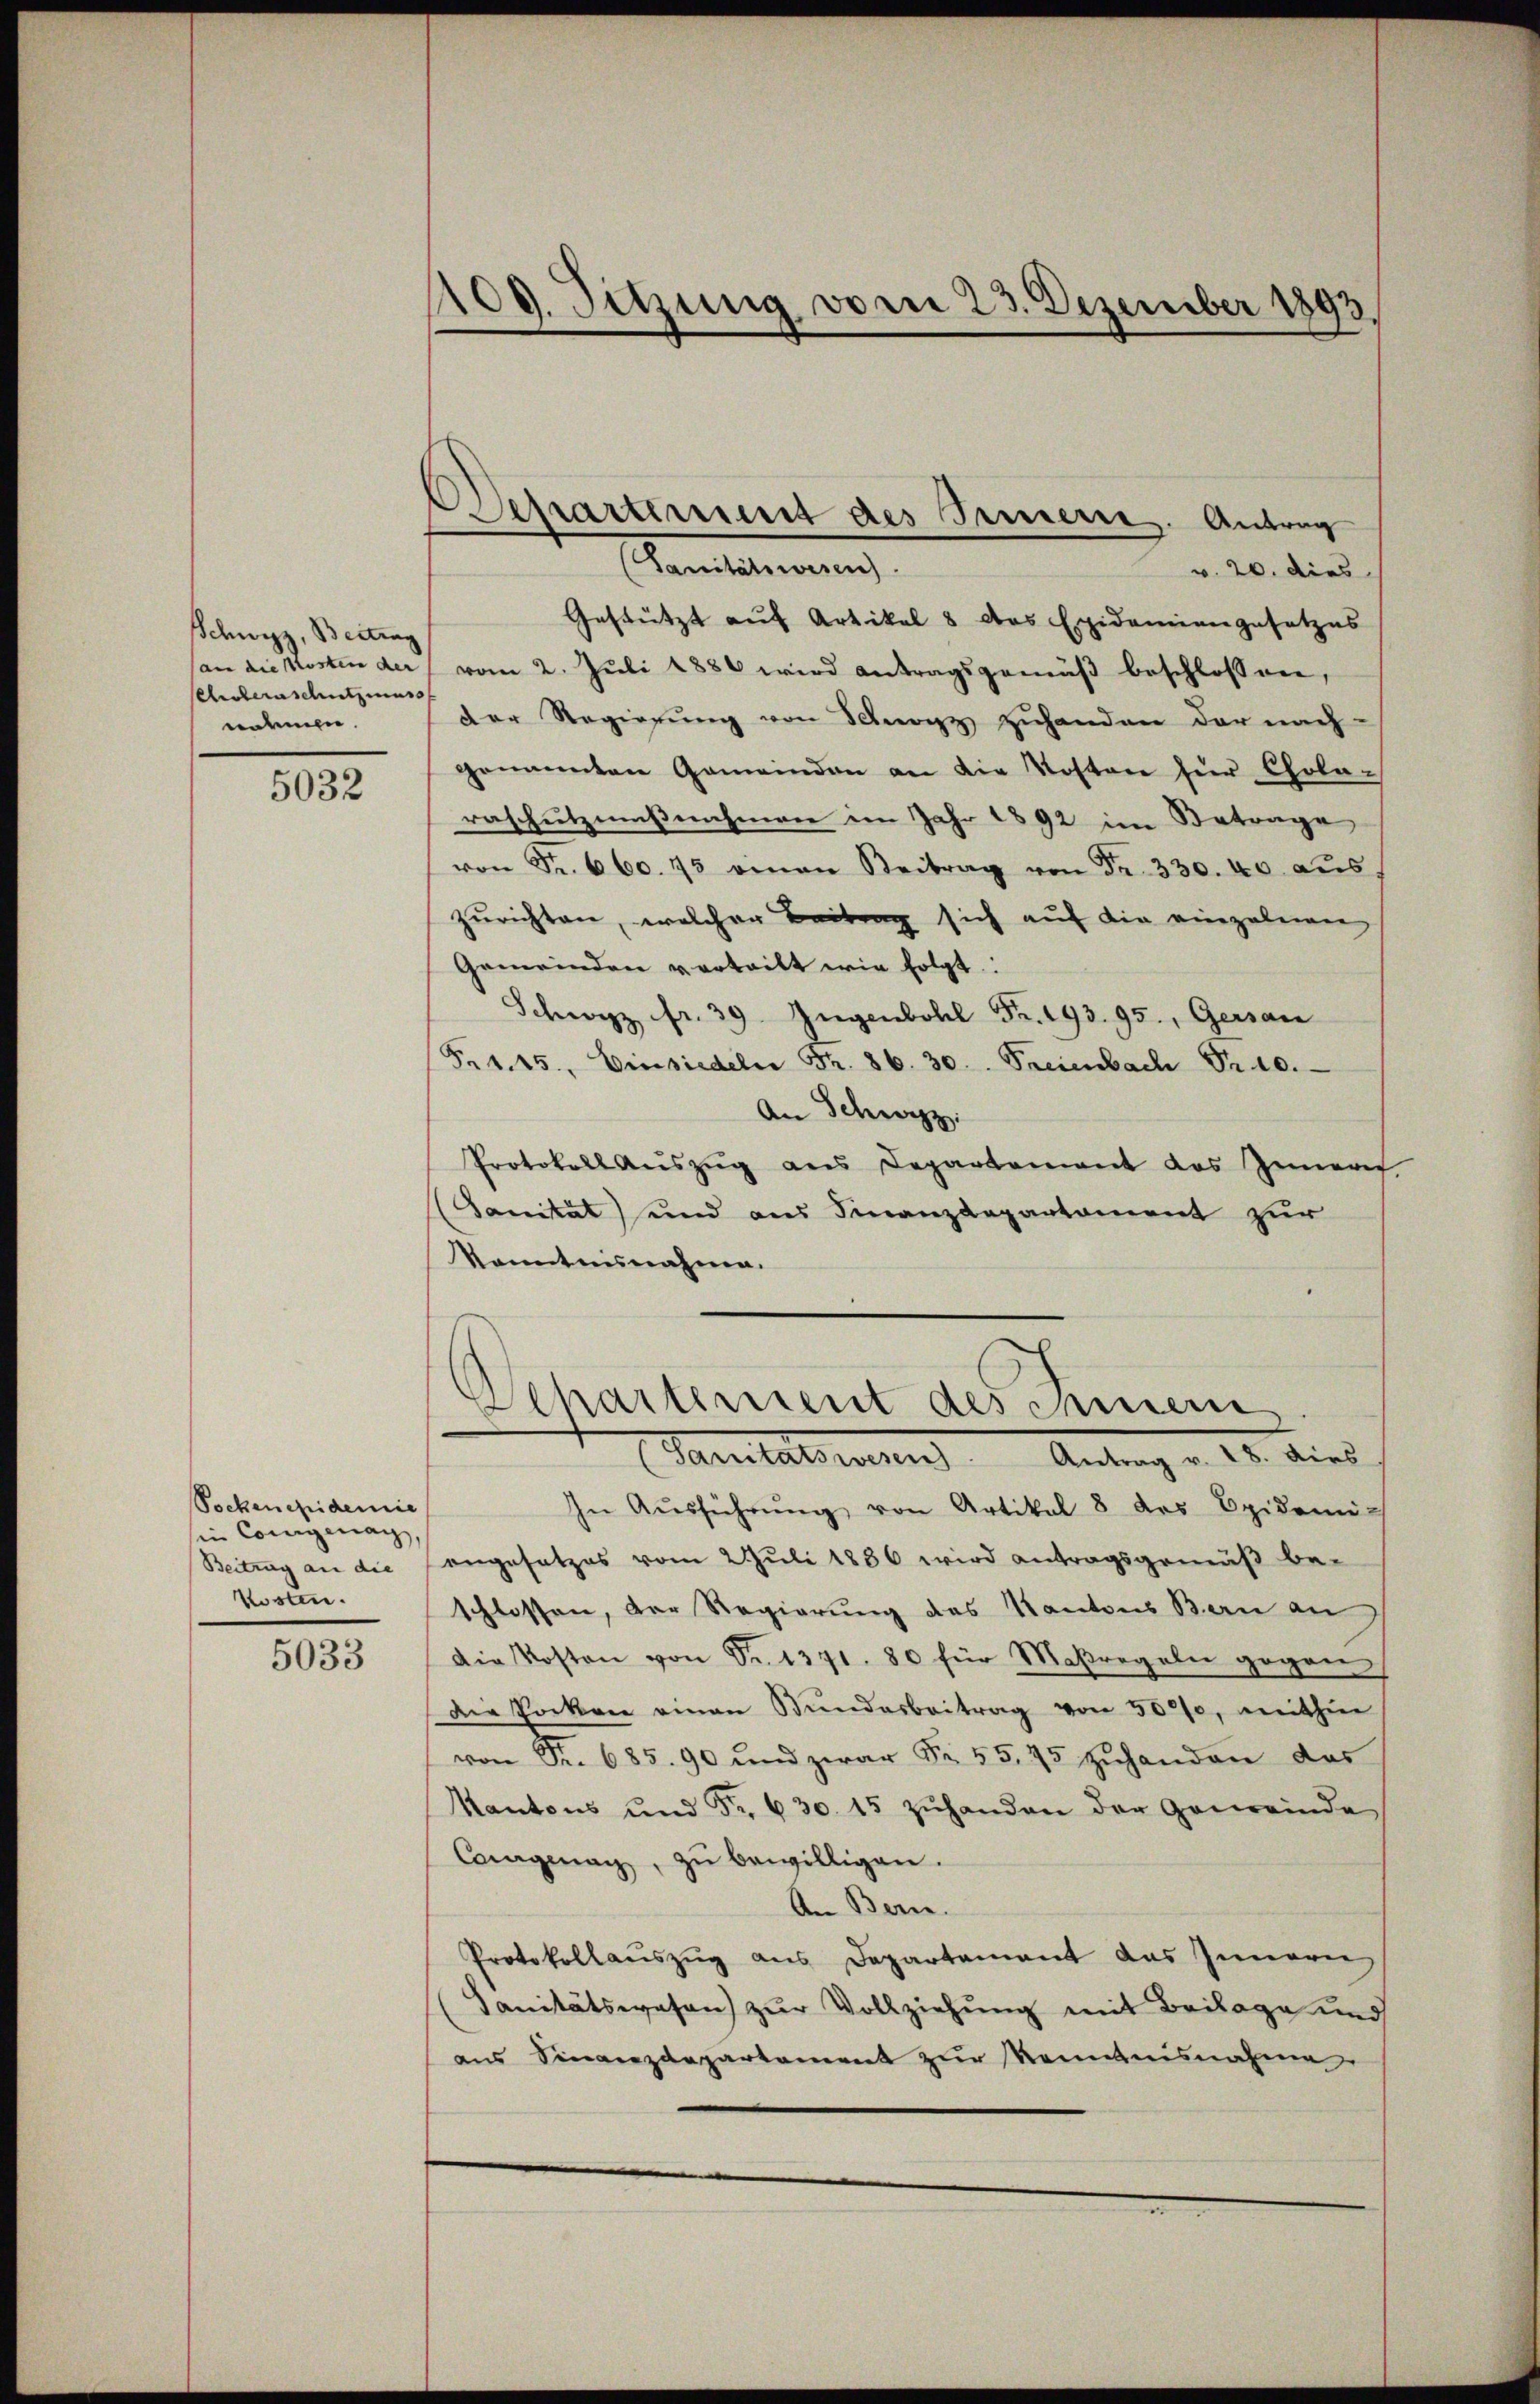
Schwyz, Beitrag
(an die Kosten der
Eberschutzmass
nohmen.

5032

Pockenepidemie
sin Comigenar,
Beitrag an die
kosten.

5033

109. Sitzung vom 23. Dezember 1893.

Separtement des Innere. Antrag

(Sanitätswesen.
v. 20. dies
Gestützt auf Artikel 8 das Epidemiengesetzes
vom 2. Jŭli 1881 wird antragsgemäβ beschlossen,
der Regierung von Schwyz zuhanden der nach-
genannten Gemeinden an die Kosten für Chola-
raschutzmaßnahmen im Jahr 1892 im Betrage
von Fr. 660. 75 einan Beitrag von Fr. 330. 40 aŭs
zurichten, welcher Leitung sich auf die einzelnen
Gemeinden verteilt wir folgt:
c fr. 39 Jugenbohl Fr. 193. 95., Gersan
(Fr. 145, Einsiedeln Fr. 86. 30. Freienbach Fr. 10.
An Schwyz:
Protokoll Aŭszŭg ans Departement des Innere
Sanität) und aus Finanzdepartament zur
kanntnisnahme.
Separtement des Innern
Sanitatsmann Antrag v. 18. dies
In Aŭsführŭng von Artikel 8 des Opidemi
angesetzes vom 2. Juli 1886 wird antragsgemäß be-
schlossen, der Regierung des Kantons Bern an
Die Kosten von Fr. 1371. 80 für Maßregeln gegen
die Pocken einen Bŭndesbeitrag von 5000, mithin
von Fr. 685. 90 und zwar Fr. 55,95 zŭhanden das
Kantons ŭnd Fr. 630. 15 zŭhanden der Gemeinde
Cargenay, zŭ bewilligen.
An Bern.
Protokollauszug aus Departament das Innern,
Sanitätswesen zur Vollziehung mit Beilage und
aus Finanzdepartament zur Kenntnisnahme